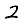
Digit: 2